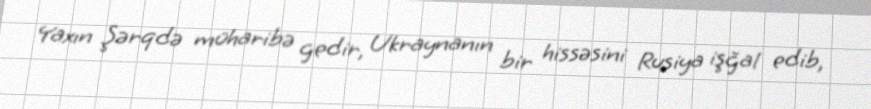
Yaxın Şərqdə müharibə gedir, Ukraynanın bir hissəsini Rusiya işğal edib,